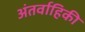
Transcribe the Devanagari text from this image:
अंतर्वाहिकी